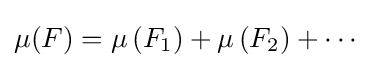
\mu (F)=\mu \left(F_{1}\right)+\mu \left(F_{2}\right)+\cdots